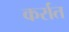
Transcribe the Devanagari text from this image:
कर्रात